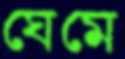
ঘেমে